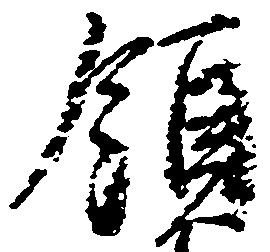
領